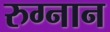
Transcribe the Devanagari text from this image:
रुग्नान